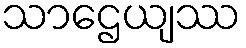
သာဌေယျဿ